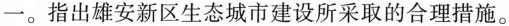
一。指出雄安新区生态城市建设所采取的合理措施。